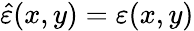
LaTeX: \hat{\varepsilon}(x,y)=\varepsilon(x,y)